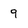
Character: 9